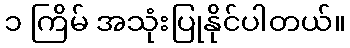
၁ ကြိမ် အသုံးပြုနိုင်ပါတယ်။